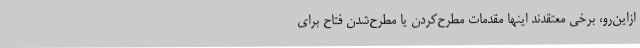
ازاین‌رو، برخی معتقدند اینها مقدمات مطرح‌کردن یا مطرح‌شدن فتاح برای